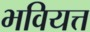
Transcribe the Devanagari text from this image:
भवियत्त